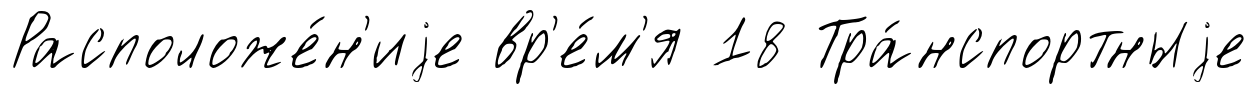
Расположе́н'иjе вр'е́м'я 18 Тра́нспортныjе